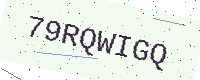
Text: 79RQWIGQ